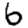
Digit: 6